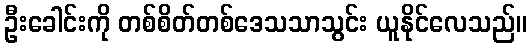
ဦးခေါင်းကို တစ်စိတ်တစ်ဒေသသာသွင်း ယူနိုင်လေသည်။